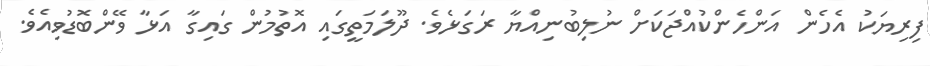
ފިރިޔަކު އެހެން އަންހެންކުއްޖަކަށް ނުލިބުނިއްޔާ ރަގަޅެވެ. ދޫލަމަތީގައި އޮތުމުން ގައިގާ އަޅާ ވޭންބޮޑުވިއެވެ.